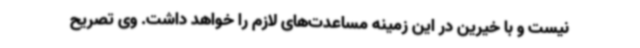
نیست و با خیرین در این زمینه مساعدت‌های لازم را خواهد داشت. وی تصریح